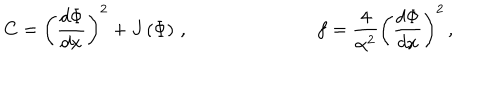
LaTeX: C = \left( \frac { d \Phi } { d x } \right) ^ { 2 } + J \left( \Phi \right) \, , \ \ \, \ f = \frac { 4 } { \alpha ^ { 2 } } \left( \frac { d \Phi } { d x } \right) ^ { 2 } \, ,